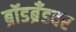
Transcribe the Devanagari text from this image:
ब्रॉडब्रँडवर